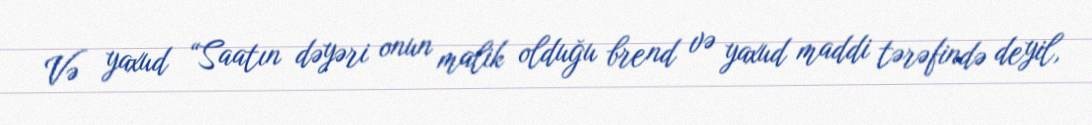
Və yaxud “Saatın dəyəri onun malik olduğu brend və yaxud maddi tərəfində deyil,